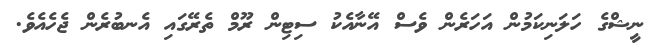
ނީޝްގެ ހަލަނިކަމުން އަހަރެން ވެސް އޭނާއެކު ސިޓިން ރޫމް ތެރޭގައި އެނބުރެން ޖެހެއެވެ.